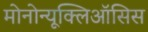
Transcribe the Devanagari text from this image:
मोनोन्यूक्लिऑसिस